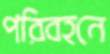
পরিবহনে